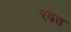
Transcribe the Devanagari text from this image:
रवत